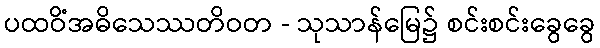
ပထဝိံအဓိသေဿတိဝတ - သုသာန်မြေ၌ စင်းစင်းခွေခွေ